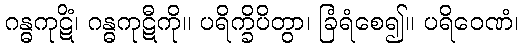
ဂန္ဓကုဋိံ၊ ဂန္ဓကုဋီကို။ ပရိက္ခိပိတွာ၊ ခြံရံစေ၍။ ပရိဝေဏံ၊